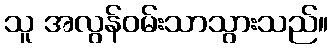
သူ အလွန်ဝမ်းသာသွားသည်။